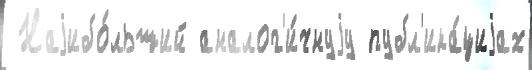
 Наjибо́льший аналог'и́чнуjу публ'ика́циjах